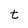
Character: t